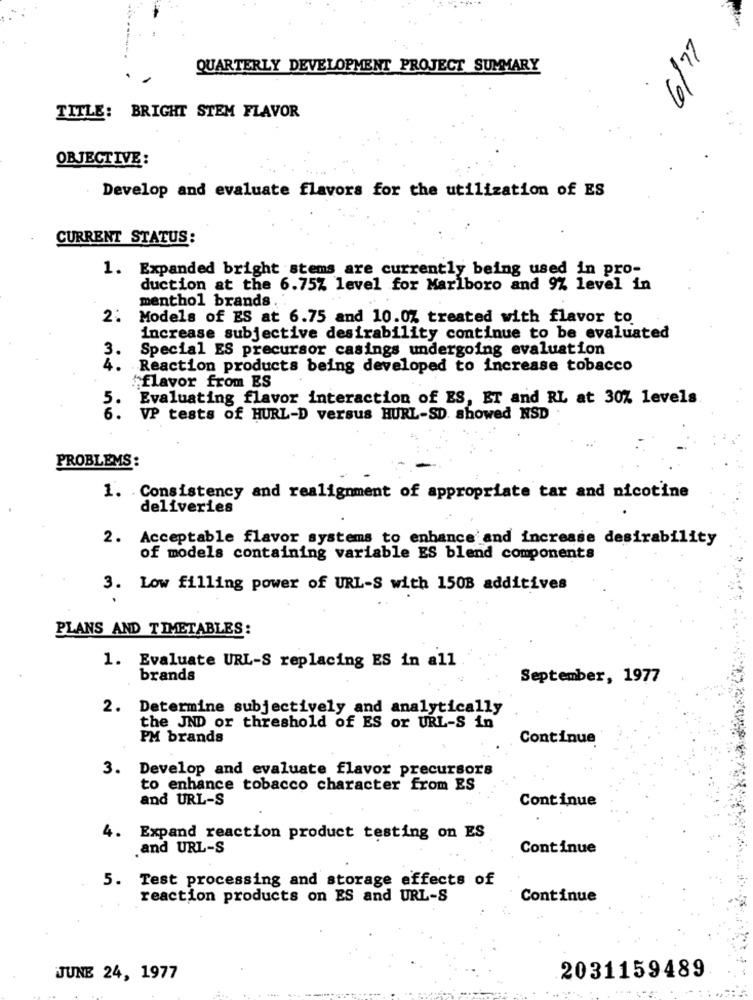
QUARTERLY DEVELOPMENT PROJECT SUMMARY
4/9
TITLE: BRIGHT STEM FLAVOR
OBJECTIVE :
Develop and evaluate flavors for the utilization of ES
CURRENT STATUS:
1. Expanded bright stems are currently being used in pro-
duction at the 6.75% level for Marlboro and 9% level in
menthol brands . .
2:
Models of ES at 6.75 and 10.0% treated with flavor to
increase subjective desirability continue to be evaluated
3.
Special ES precursor casings undergoing evaluation
4.
Reaction products being developed to increase tobacco
"flavor from ES
Evaluating flavor interaction of ES, ET and RL at 30% levels
6.
VP tests of HURL-D versus HURL-SD. showed NSD
PROBLEMS:
1. Consistency and realignment of appropriate tar and nicotine
deliveries
2. Acceptable flavor systems to enhance and increase desirability
of models containing variable ES blend components
3. Low filling power of URL-S with 1508 additives
PLANS AND TIMETABLES:
1. Evaluate URL-S replacing ES in all
brands
September, 1977
2. Determine subjectively and analytically
the JND or threshold of ES or URL-S in
PM brands
Continue
3. Develop and evaluate flavor precursors
to enhance tobacco character from ES
and URL-S
Continue
4. Expand reaction product testing on ES
.and URL-S
Continue
5. Test processing and storage effects of
reaction products on ES and URL-S
Continue
JUNE 24, 1977
2031159489